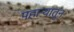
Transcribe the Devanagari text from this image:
पहाऱ्यातून